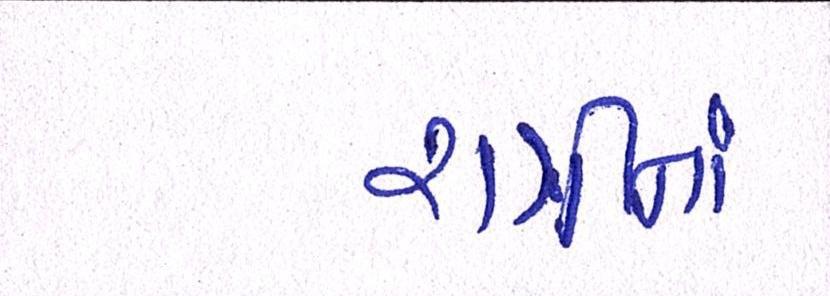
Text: રાત્રીનાં